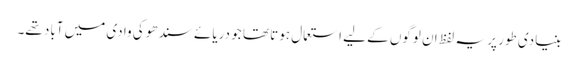
بنیادی طور پر یہ لفظ ان لوگوں کے لیے استعمال ہوتا تھا جو دریائے سندھو کی وادی میں آباد تھے۔